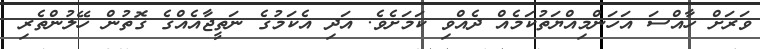
ވަރަށް ހާއްސަ އަހަންމިއްޔަތުކަމެއް ދެއްވި ކަމަށެވެ. އަދި އެކަމުގެ ނަތީޖާއެއްގެ ގޮތުން ހޭލުންތެރި